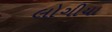
લોગીયા